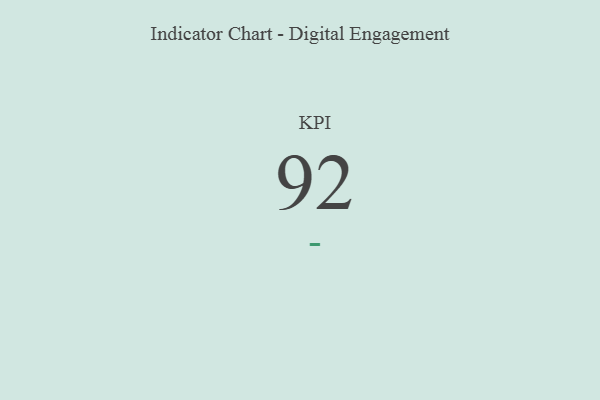
{"axis": {"x": "KPI", "y": "Value"}, "legend": [""], "data": [{"x": "KPI", "y": 92, "type": ""}]}